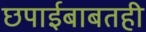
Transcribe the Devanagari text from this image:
छपाईबाबतही